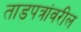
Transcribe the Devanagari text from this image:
ताडपत्रांवरील